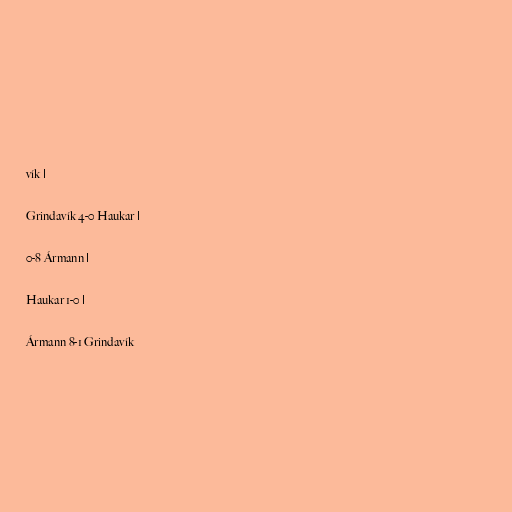
vík |

Grindavík 4-0 Haukar |

0-8 Ármann |

Haukar 1-0 |

Ármann 8-1 Grindavík